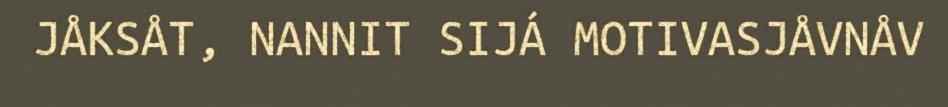
JÅKSÅT, NANNIT SIJÁ MOTIVASJÅVNÅV